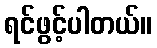
ရင်ဖွင့်ပါတယ်။